Tezpur Lunatic Asylum reports 1877-1894 - 1877-1894
Year: 1877
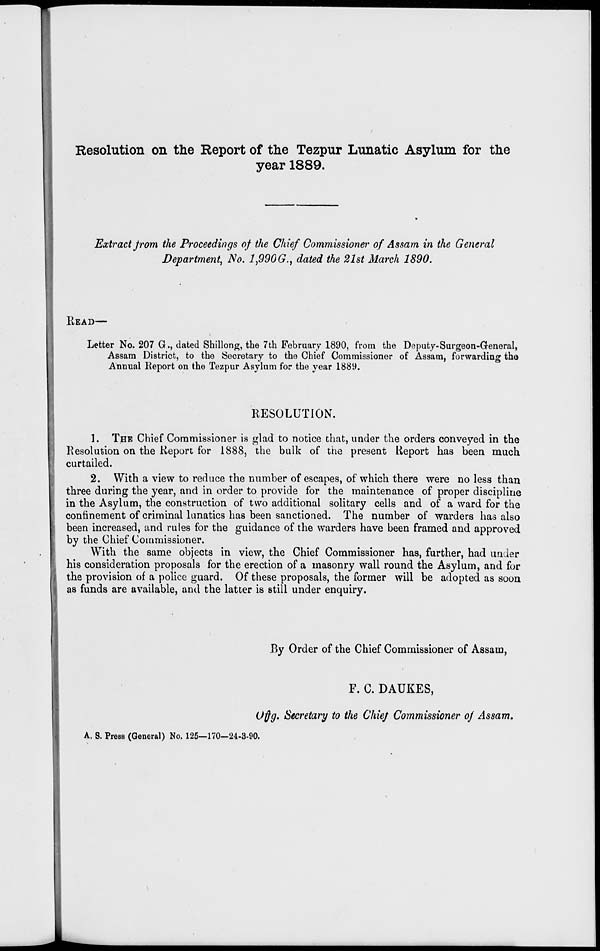
Resolution on the Report of the Tezpur Lunatic Asylum for tlie
year 1889.
Extract from the Proceedings of the Chief Commissioner of Assam in the General
Department, No. 1,9900., dated the 21st March 1890.
READ—
Letter No. 207 G., dated Shillong, the 7th February 1890, from the Deputy-Surgeon-General,
Assam District, to the Secretary to the Chief Commissioner of Assam, forwarding the
Annual Eeport on the Tezpur Asylum for the year 1889.
RESOLUTION.
1. THE Chief Commissioner is glad to notice chat, under the orders conveyed in the
Resolution on the Report for 1888, the bulk of the present Report has been much
curtailed.
2. With a view to reduce the number of escapes, of which there were no less than
three during the year, and in order to provide for the maintenance of proper discipline
in the Asylum, the construction of two additional solitary cells and of a ward for the
confinement of criminal lunatics has been sanctioned. The number of warders has also
been increased, and rules for the guidance of the warders have been framed and approved
by the Chief Commissioner.
With the same objects in view, the Chief Commissioner has, further, had under
his consideration proposals for the erection of a masonry wall round the Asylum, and for
the provision of a police guard. Of these proposals, the former will be adopted as soon
as funds are available, and the latter is still under enquiry.
By Order of the Chief Commissioner of Assam,
F. C. DAUKES,
Offg. Secretary to the ChieJ Commissioner oj Assam.
A. S. Press (General) No. 125—170-24-3-90.